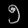
Digit: ၅